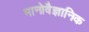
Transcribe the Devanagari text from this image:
मानोवैज्ञानिक